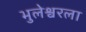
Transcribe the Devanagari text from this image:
भुलेश्वरला